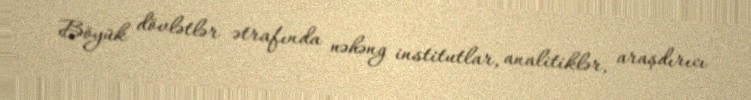
Böyük dövlətlər ətrafında nəhəng institutlar, analitiklər, araşdırıcı